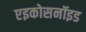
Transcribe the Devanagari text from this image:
एइकोसनॉइड